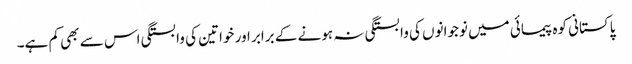
پاکستانی کوہ پیمائی میں نوجوانوں کی وابستگی نہ ہونے کے برابر اور خواتین کی وابستگی اس سے بھی کم ہے۔